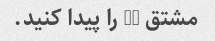
مشتق x2 را پیدا کنید.